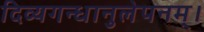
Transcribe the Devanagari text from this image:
दिव्यगन्धानुलेपनम्‌।